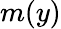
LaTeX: m(y)